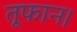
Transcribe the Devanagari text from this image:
तूफान।